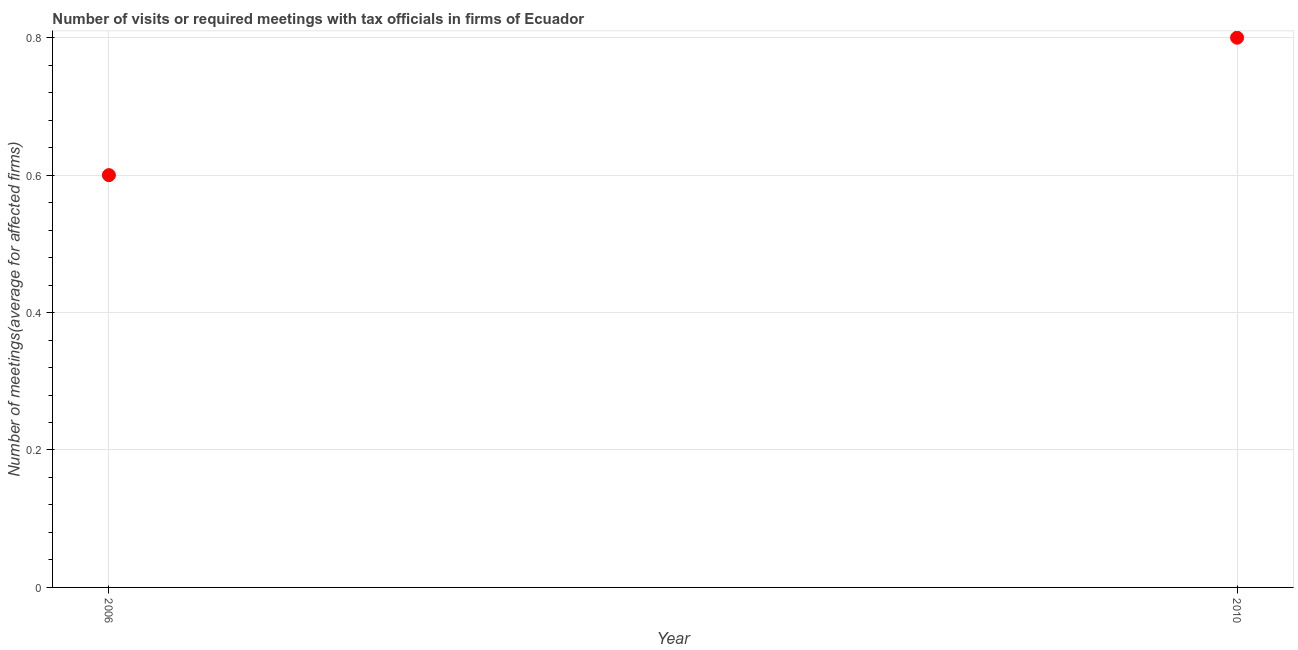
| Year | Meetings with tax officials |
 | --- | --- |
 | 2006 | 0.6 |
 | 2010 | 0.8 |